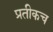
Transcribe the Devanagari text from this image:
प्रतीकच